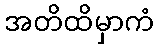
အတိထိမှာကံ